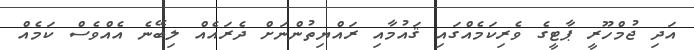
އަދި ޖުމްހޫރީ ޕާޓީގެ ވެރިކަމެއްގައި ޤައުމާއި ރައްޔިތުންނަށް ދެރައެއް ލިބޭނެ އެއްވެސް ކަމެއް